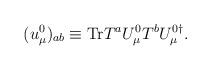
LaTeX: \begin{align*}(u_\mu^0)_{{ab}}\equiv \hbox{Tr}T^{ a} U_\mu^0 T^{ b} U_\mu^{0\dagger}.\end{align*}